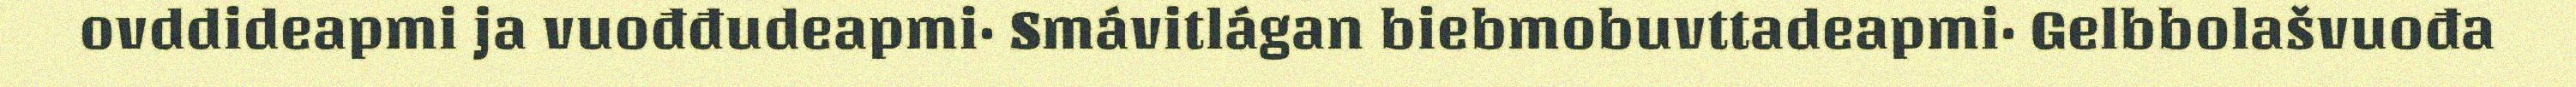
ovddideapmi ja vuođđudeapmi· Smávitlágan biebmobuvttadeapmi· Gelbbolašvuođa